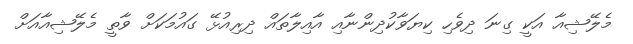
މެލޭޝިއާ އަކީ ގިނަ ދިވެހި ކިޔަވާކުދިންނާއި އާއިލާތައް ދިރިއުޅޭ ގައުމަކަށް ވާތީ މެލޭޝިއާއަށް